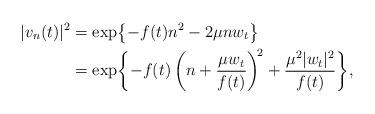
LaTeX: \begin{align*}|v_{n}(t)|^{2} & =\exp\!\left\{ -f(t)n^{2}-2\mu nw_{t}\right\} \\ & =\exp\biggl\{-f(t)\left(n+\frac{\mu w_{t}}{f(t)}\right)^{\!2}+\frac{\mu^{2}|w_{t}|^{2}}{f(t)}\biggr\},\end{align*}